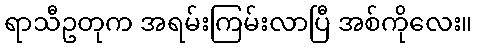
ရာသီဥတုက အရမ်းကြမ်းလာပြီ အစ်ကိုလေး။